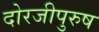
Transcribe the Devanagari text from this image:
दोरजीपुरुष